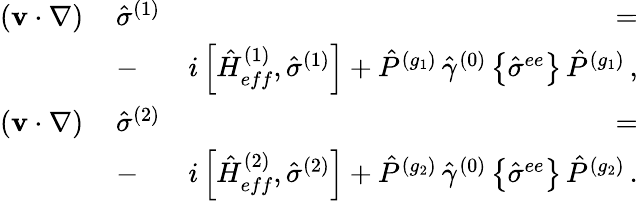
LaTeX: \begin{array}{rlr}{({\mathbf v}\cdot\nabla)\, }&{{\hat{\sigma}}^{(1)}}&{\, =}\\ &{-}&{i\left[{\hat{H}}_{eff}^{(1)},{\hat{\sigma}}^{(1)}\right]+{\hat{P}}^{(g_{1})}\, {\hat{\gamma}}^{(0)}\left\{ {\hat{\sigma}}^{ee}\right\} \, {\hat{P}}^{(g_{1})}\, ,}\\ {({\mathbf v}\cdot\nabla)\, }&{{\hat{\sigma}}^{(2)}}&{\, =}\\ &{-}&{i\left[{\hat{H}}_{eff}^{(2)},{\hat{\sigma}}^{(2)}\right]+{\hat{P}}^{(g_{2})}\, {\hat{\gamma}}^{(0)}\left\{ {\hat{\sigma}}^{ee}\right\} \, {\hat{P}}^{(g_{2})}\, .}\end{array}